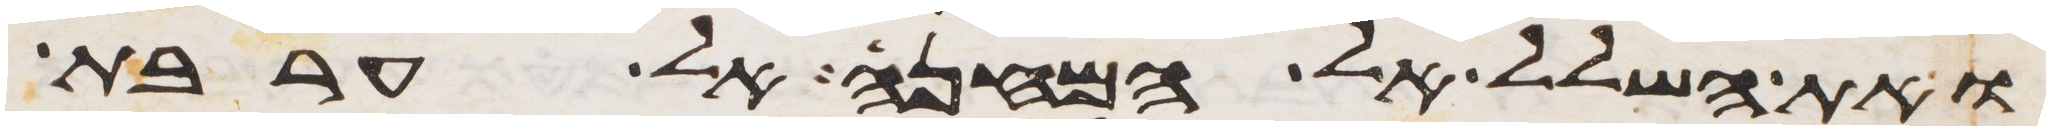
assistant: ואת השלל אל המחנה אל ערבת